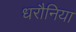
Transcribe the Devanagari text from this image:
धरौनिया